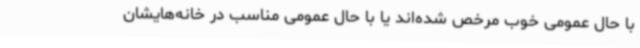
با حال عمومی خوب مرخص شده‌اند یا با حال عمومی مناسب در خانه‌هایشان